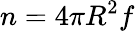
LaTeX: n=4{\pi}R^{2}f